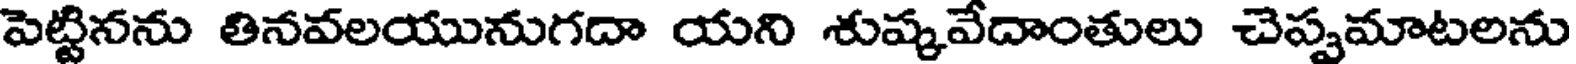
పెట్టినను తినవలయునుగదా యని శుష్కవేదాంతులు చెప్పమాటలను